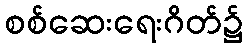
စစ်ဆေးရေးဂိတ်၌